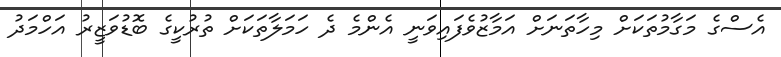
އެސްގެ މަގާމުތަކަށް މިހާތަނަށް އަމާޒުވެފައިވަނީ އެންމެ ދެ ހަމަލާތަކަށް ތުރުކީގެ ބޮޑުވަޒީރު އަހްމަދު